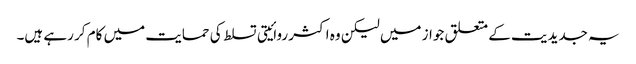
یہ جدیدیت کے متعلق جواز میں لیکن وہ اکثر روائیتی تسلط کی حمایت میں کام کر رہے ہیں۔